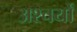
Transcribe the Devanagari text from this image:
अश्चर्यों